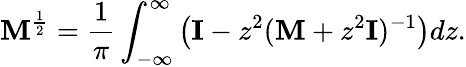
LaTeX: \mathbf{M}^{\frac{1}{2}}=\frac{1}{\pi}\int_{-\infty}^{\infty}\left(\mathbf{I}-z^{2}(\mathbf{M}+z^{2}\mathbf{I})^{-1}\right)dz.